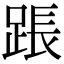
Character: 䠆